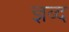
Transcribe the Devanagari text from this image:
ज्ञब्द